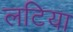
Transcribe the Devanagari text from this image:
लटिया